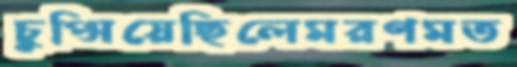
চুপ্‌সিয়েছিলেমরণমত